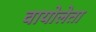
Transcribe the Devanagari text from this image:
वायोलेता